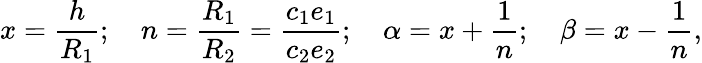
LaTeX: x=\displaystyle\frac{h}{R_{1}};\quad n=\frac{R_{1}}{R_{2}}=\frac{c_{1}e_{1}}{c_{2}e_{2}};\quad\alpha=x+\frac{1}{n};\quad\beta=x-\frac{1}{n},